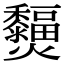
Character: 𤓞